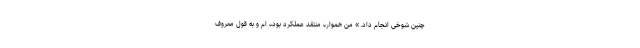
چنین شوخی‌ انجام داد.» من همواره منتقد عملکرد بوده ام و به قول معروف